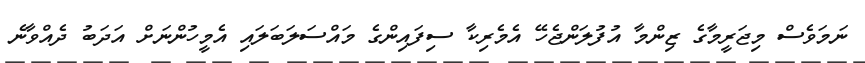
ނަމަވެސް މިޖަރީމާގެ ޒިންމާ އުފުލަންޖެހޭ އެމެރިކާ ސިފައިންގެ މައްސަލަބަލައި އެމީހުންނަށް އަދަބު ދެއްވާނެ